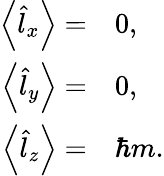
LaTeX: \begin{array}{rl}{\left\langle\hat{l}_{x}\right\rangle=}&{{}0,}\\ {\left\langle\hat{l}_{y}\right\rangle=}&{{}0,}\\ {\left\langle\hat{l}_{z}\right\rangle=}&{{}\hbar m.}\end{array}